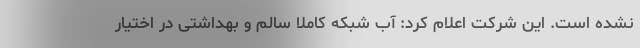
نشده است. این شرکت اعلام کرد: آب شبکه کاملا سالم و بهداشتی در اختیار